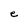
Character: e